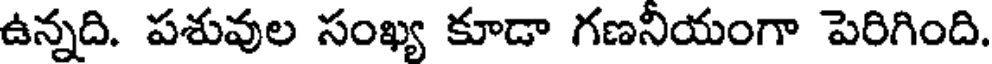
ఉన్నది. పశువుల సంఖ్య కూడా గణనియంగా పెరిగింది.